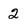
Character: 2